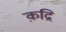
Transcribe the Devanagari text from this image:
क़द्रि